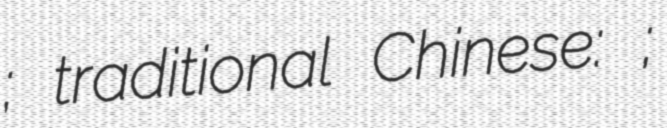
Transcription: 顾贝贝; traditional Chinese: 顧貝貝;